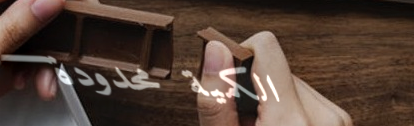
الكمية محدودة